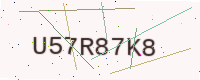
Text: U57R87K8